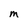
Character: M